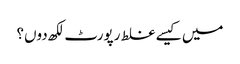
میں کیسے غلط رپورٹ لکھ دوں؟